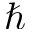
\hbar